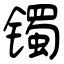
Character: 镯